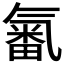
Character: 𣱫